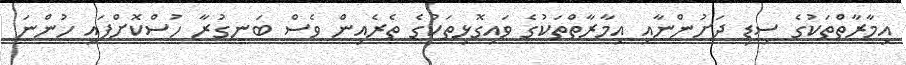
އިމާރާތްތަކުގެ ސިޑި ދަށުންނާއި އިމާރާތްތަކުގެ ވައިގޮޅިތަކުގެ ތެރެއިން ވެސް ބަނގުރާ ހުސްކޮށްފައި ހުންނަ